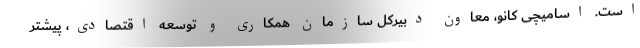
است. اسامیچی کانو، معاون دبیرکل سازمان همکاری و توسعه اقتصادی، پیشتر